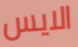
الايس